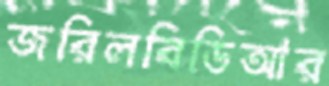
জরিলবিডিআর